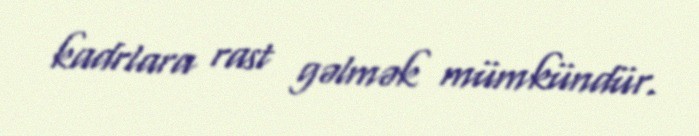
kadrlara rast gəlmək mümkündür.